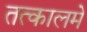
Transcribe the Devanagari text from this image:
तत्कालमे